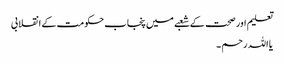
تعلیم اور صحت کے شعبے میں پنجاب حکومت کے انقلابی
یا اللہ رحم ۔